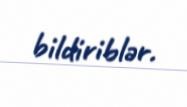
bildiriblər.